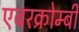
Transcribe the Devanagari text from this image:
एबरक्रोम्बी